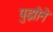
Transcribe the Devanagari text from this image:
पुझोने